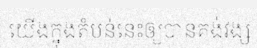
យើងក្នុងតំបន់នេះឲ្យបានគង់វង្ស